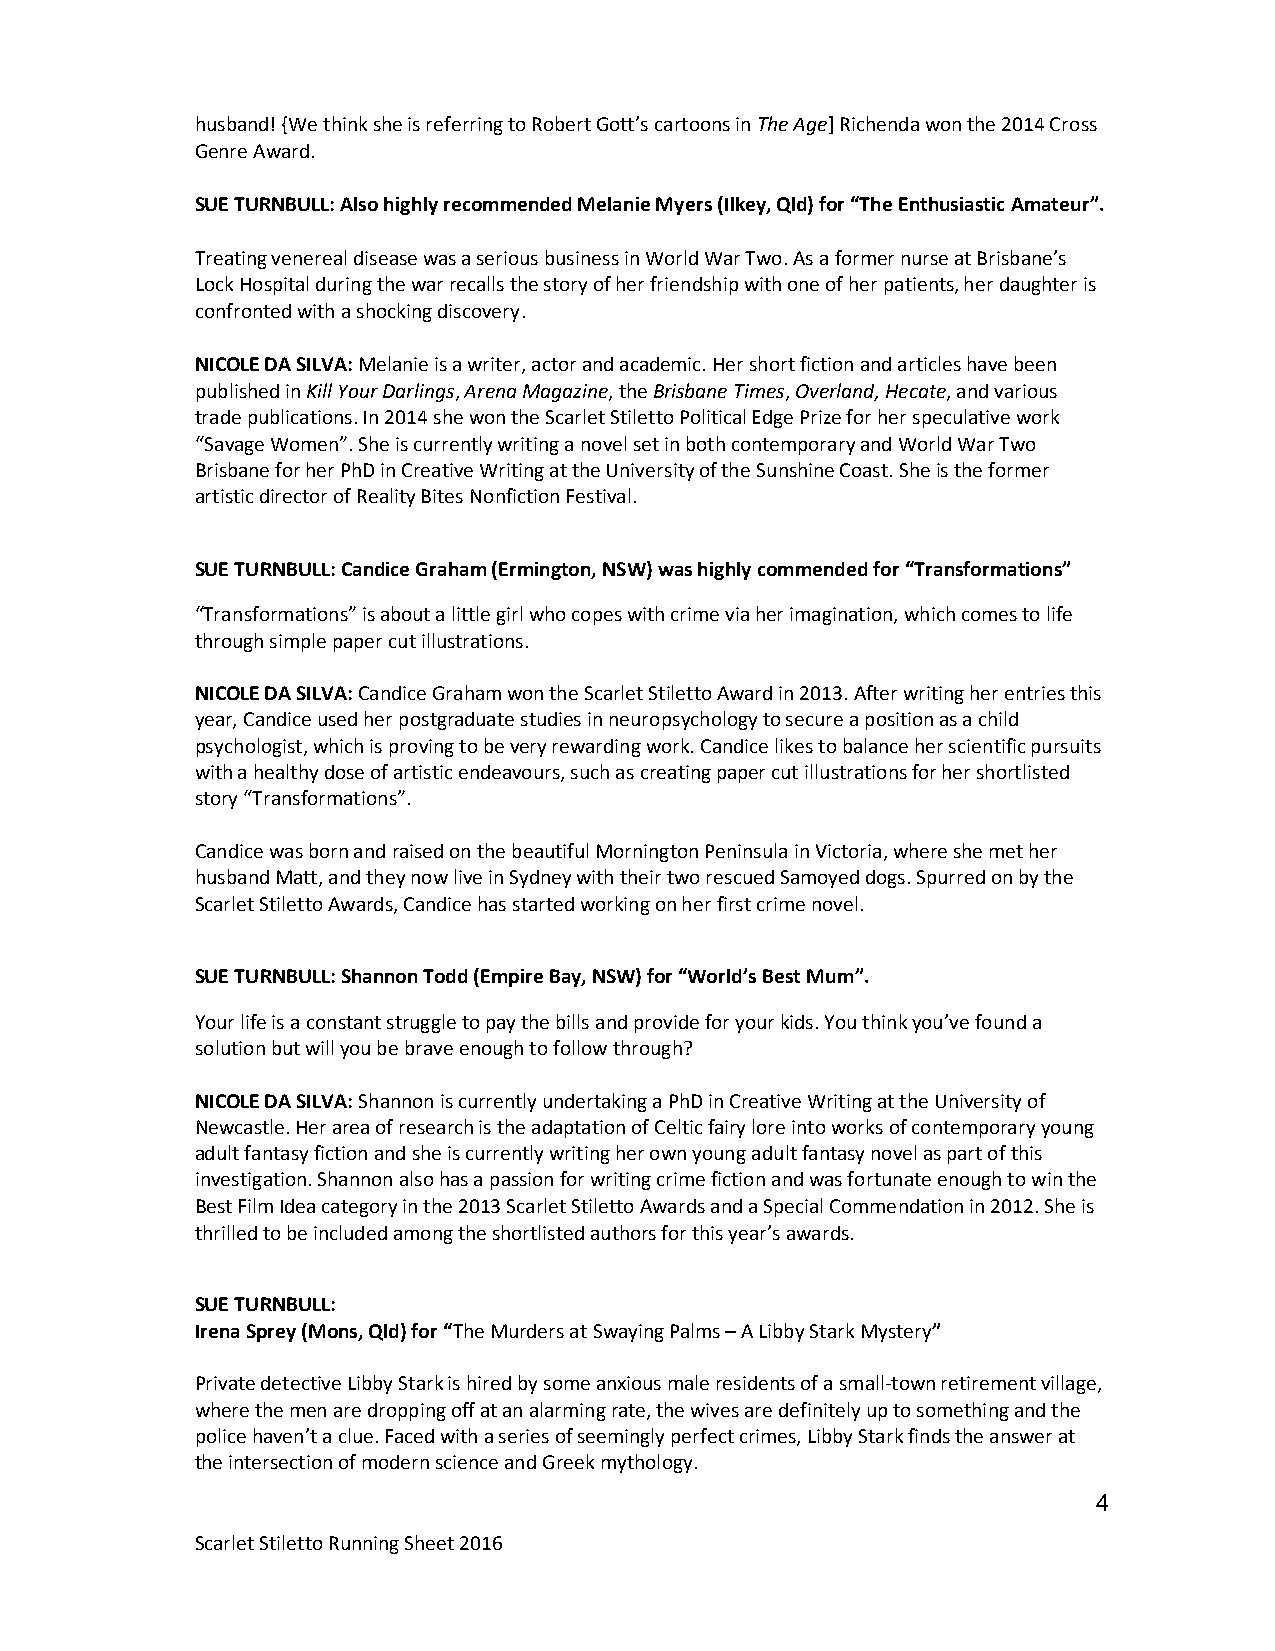
husband! {We think she is referring to Robert Gott’s cartoons in The Age] Richenda won the 2014 Cross
 Genre Award.
 SUE TURNBULL: Also highly recommended Melanie Myers (Ilkey, Qld) for “The Enthusiastic Amateur”.
 Treating venereal disease was a serious business in World War Two. As a former nurse at Brisbane’s
 Lock Hospital during the war recalls the story of her friendship with one of her patients, her daughter is
 confronted with a shocking discovery.
 NICOLE DA SILVA: Melanie is a writer, actor and academic. Her short fiction and articles have been
 published in Kill Your Darlings, Arena Magazine, the Brisbane Times, Overland, Hecate, and various
 trade publications. In 2014 she won the Scarlet Stiletto Political Edge Prize for her speculative work
 “Savage Women”. She is currently writing a novel set in both contemporary and World War Two
 Brisbane for her PhD in Creative Writing at the University of the Sunshine Coast. She is the former
 artistic director of Reality Bites Nonfiction Festival.
 SUE TURNBULL: Candice Graham (Ermington, NSW) was highly commended for “Transformations”
 “Transformations” is about a little girl who copes with crime via her imagination, which comes to life
 through simple paper cut illustrations.
 NICOLE DA SILVA: Candice Graham won the Scarlet Stiletto Award in 2013. After writing her entries this
 year, Candice used her postgraduate studies in neuropsychology to secure a position as a child
 psychologist, which is proving to be very rewarding work. Candice likes to balance her scientific pursuits
 with a healthy dose of artistic endeavours, such as creating paper cut illustrations for her shortlisted
 story “Transformations”.
 Candice was born and raised on the beautiful Mornington Peninsula in Victoria, where she met her
 husband Matt, and they now live in Sydney with their two rescued Samoyed dogs. Spurred on by the
 Scarlet Stiletto Awards, Candice has started working on her first crime novel.
 SUE TURNBULL: Shannon Todd (Empire Bay, NSW) for “World’s Best Mum”.
 Your life is a constant struggle to pay the bills and provide for your kids. You think you’ve found a
 solution but will you be brave enough to follow through?
 NICOLE DA SILVA: Shannon is currently undertaking a PhD in Creative Writing at the University of
 Newcastle. Her area of research is the adaptation of Celtic fairy lore into works of contemporary young
 adult fantasy fiction and she is currently writing her own young adult fantasy novel as part of this
 investigation. Shannon also has a passion for writing crime fiction and was fortunate enough to win the
 Best Film Idea category in the 2013 Scarlet Stiletto Awards and a Special Commendation in 2012. She is
 thrilled to be included among the shortlisted authors for this year’s awards.
 SUE TURNBULL:
 Irena Sprey (Mons, Qld) for “The Murders at Swaying Palms – A Libby Stark Mystery”
 Private detective Libby Stark is hired by some anxious male residents of a small-town retirement village,
 where the men are dropping off at an alarming rate, the wives are definitely up to something and the
 police haven’t a clue. Faced with a series of seemingly perfect crimes, Libby Stark finds the answer at
 the intersection of modern science and Greek mythology.
 4
 Scarlet Stiletto Running Sheet 2016